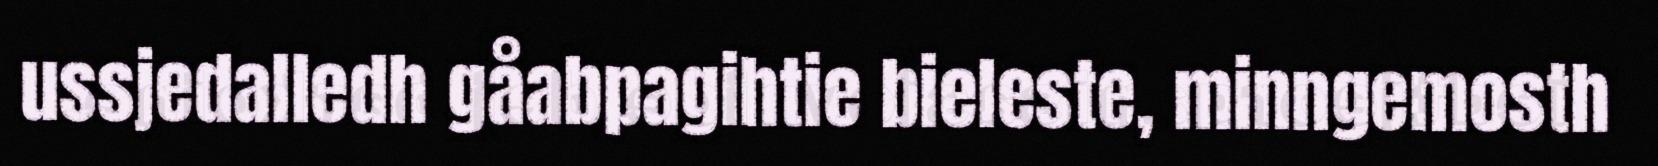
ussjedalledh gåabpagihtie bieleste, minngemosth